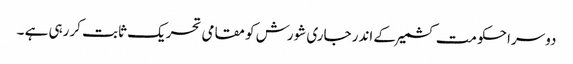
دوسرا حکومت کشمیر کے اندر جاری شورش کو مقامی تحریک ثابت کررہی ہے ۔